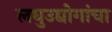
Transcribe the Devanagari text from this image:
लघुउद्योगांचा